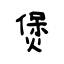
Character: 煲